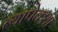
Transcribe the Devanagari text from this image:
त्यापेक्शा